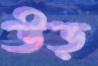
উড়